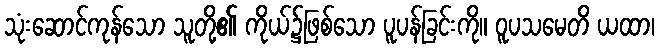
သုံးဆောင်ကုန်သော သူတို့၏ ကိုယ်၌ဖြစ်သော ပူပန်ခြင်းကို။ ဝူပသမေတိ ယထာ၊